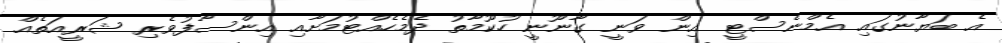
އެ ބަޔާނުގައި އެމްނެސްޓީ އިން ވަނީ ގާނޫނީ ހުކޫމާތު ދެމެހެއްޓުމަށާއި އިންސާފުވެރި ޝަރީއަތެއް